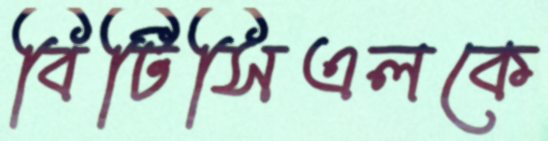
বিটিসিএলকে